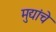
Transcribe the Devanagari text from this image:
मुद्यांचे